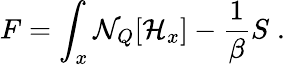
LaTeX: F=\int_{x}{\cal N}_{Q}[{\cal H}_{x}]-{\frac{1}{\beta}}S\; .